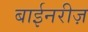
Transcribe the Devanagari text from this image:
बाईनरीज़